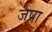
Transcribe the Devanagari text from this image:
जप्रा